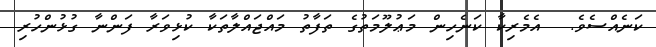
ކަނެއްސެެވެ.  އެމެރިކާ ކަނެހިން މަޢުލޫމަތުގެ ތަފާތު މައްޖައްލާތަކާ ކުޅިވަރާ ފަންނާ ގުޅުންހުރި